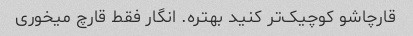
قارچاشو کوچیک‌تر کنید بهتره. انگار فقط قارچ میخوری